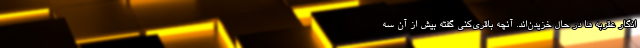
انگار عقربه ها در حال خزیدن‌اند. آنچه باقری‌کنی گفته بیش از آن سه